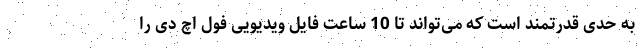
به حدی قدرتمند است که می‌تواند تا 10 ساعت فایل ویدیویی فول اچ دی را